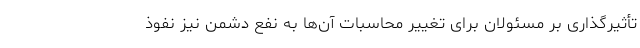
تأثیرگذاری بر مسئولان برای تغییر محاسبات آن‌ها به نفع دشمن نیز نفوذ